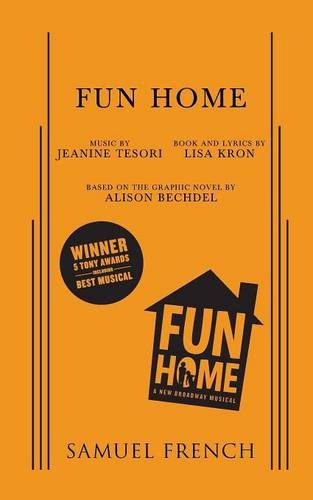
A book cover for Fun Home; Jeanine Tesori; Literature & Fiction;